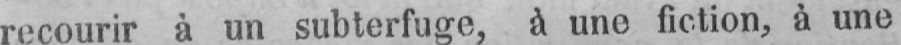
recourir à un subterfuge, à une fiction, à une